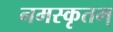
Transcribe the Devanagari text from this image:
नमस्कृतम्